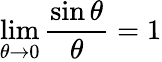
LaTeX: \operatorname*{lim}_{\theta\to 0}{\frac{\sin\theta}{\theta}}=1